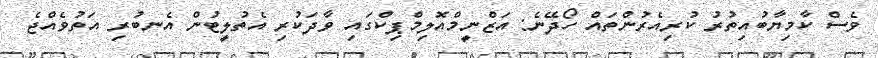
ވެސް ކާމިޔާބުއިތުރު ކުރިއެރުންތައް ހޯދޭނެ: އަޒްނީމްއޮލިމްޕިކްގައި ވާދަކުރި އެތުލީޓުން އެނބުރި އަތުވެއްޖެ